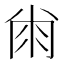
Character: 𰏘